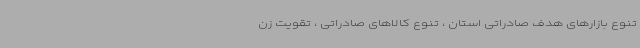
تنوع بازارهای هدف صادراتی استان ، تنوع کالاهای صادراتی ، تقویت زن